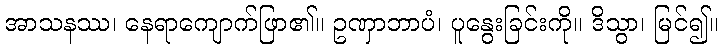
အာသနဿ၊ နေရာကျောက်ဖြာ၏။ ဥဏှာဘာပံ၊ ပူနွေးခြင်းကို။ ဒိသွာ၊ မြင်၍။